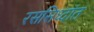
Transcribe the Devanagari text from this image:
रससिध्दांत